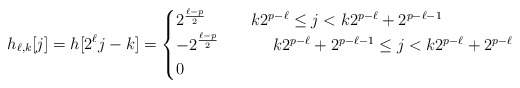
\begin{align*} h_{\ell,k}[j] = h[2^{\ell} j -k] &= \begin{cases} 2^{\frac{\ell-p}{2}} \quad& k2^{p-\ell} \leq j< k2^{p-\ell} +2^{p-\ell-1}\\ -2^{\frac{\ell-p}{2}} \quad&\quad\ k2^{p-\ell} +2^{p-\ell-1}\leq j < k2^{p-\ell} +2^{p-\ell}\\ 0&\end{cases}\end{align*}